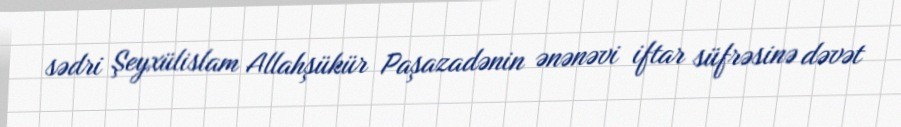
sədri Şeyxülislam Allahşükür Paşazadənin ənənəvi iftar süfrəsinə dəvət